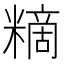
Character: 䊞